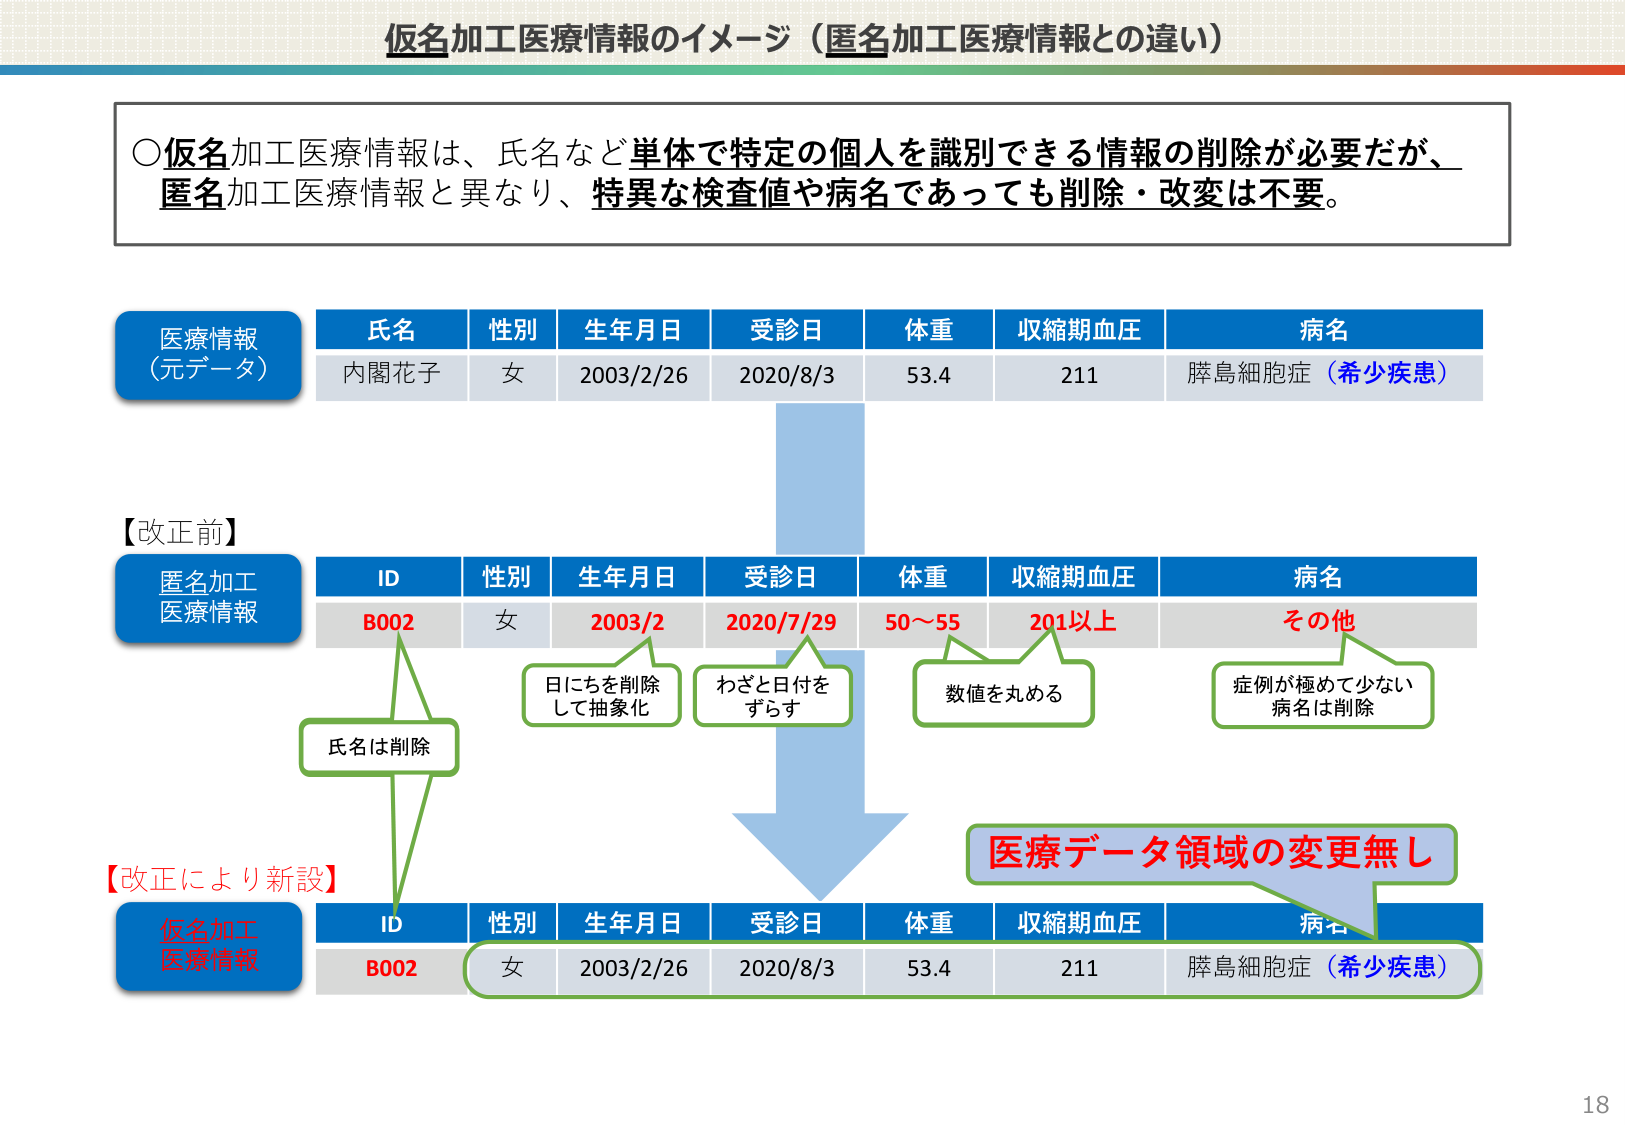
仮名加工医療情報のイメージ（匿名加工医療情報との違い）

○仮名加工医療情報は、氏名など単体で特定の個人を識別できる情報の削除が必要だが、
匿名加工医療情報と異なり、特異な検査値や病名であっても削除・改変は不要。

医療情報
（元データ）
氏名　性別　生年月日　受診日　体重　収縮期血圧　病名
内閣花子　女　2003/2/26　2020/8/3　53.4　211　膵島細胞症（希少疾患）

【改正前】
匿名加工
医療情報
ID　性別　生年月日　受診日　体重　収縮期血圧　病名
B002　女　2003/2　2020/7/29　50～55　201以上　その他

氏名は削除
日にちを削除して抽象化
わざと日付をずらす
数値を丸める
症例が極めて少ない病名は削除

【改正により新設】
仮名加工
医療情報
ID　性別　生年月日　受診日　体重　収縮期血圧　病名
B002　女　2003/2/26　2020/8/3　53.4　211　膵島細胞症（希少疾患）

医療データ領域の変更無し

18